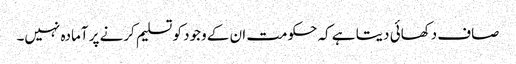
صاف دکھائی دیتا ہے کہ حکومت ان کے وجود کو تسلیم کرنے پر آمادہ نہیں۔